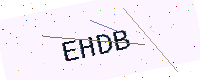
Text: EHDB